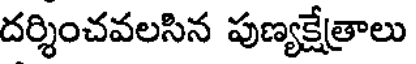
దర్శించవలసిన పుణ్యక్షేత్రాలు